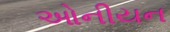
ઓનીયન